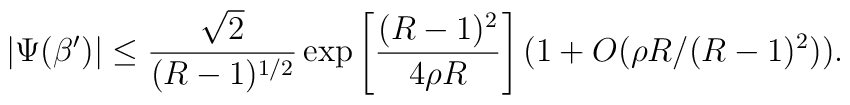
|\Psi(\beta')|\leq   {\sqrt{2}\over(R-1)^{1/2}}\exp\left[{(R-1)^2\over4\rho R}\right]   (1+O(\rho R/(R-1)^2)).